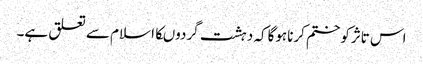
اس تاثرکوختم کرناہوگاکہ دہشت گردوںکااسلام سے تعلق ہے۔